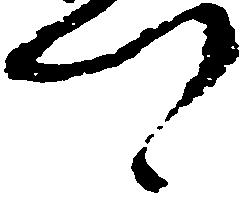
へ